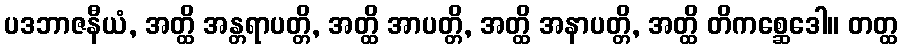
ပဒဘာဇနီယံ, အတ္ထိ အန္တရာပတ္တိ, အတ္ထိ အာပတ္တိ, အတ္ထိ အနာပတ္တိ, အတ္ထိ တိကစ္ဆေဒေါ။ တတ္ထ